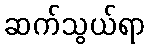
ဆက်သွယ်ရာ